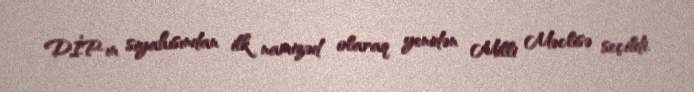
DİP-ın siyahısından ilk namizəd olaraq yenidən Milli Məclisə seçildi.